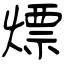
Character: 熛